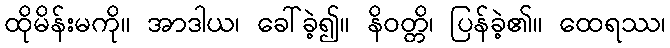
ထိုမိန်းမကို။ အာဒါယ၊ ခေါ်ခဲ့၍။ နိဝတ္တိ၊ ပြန်ခဲ့၏။ ထေရဿ၊